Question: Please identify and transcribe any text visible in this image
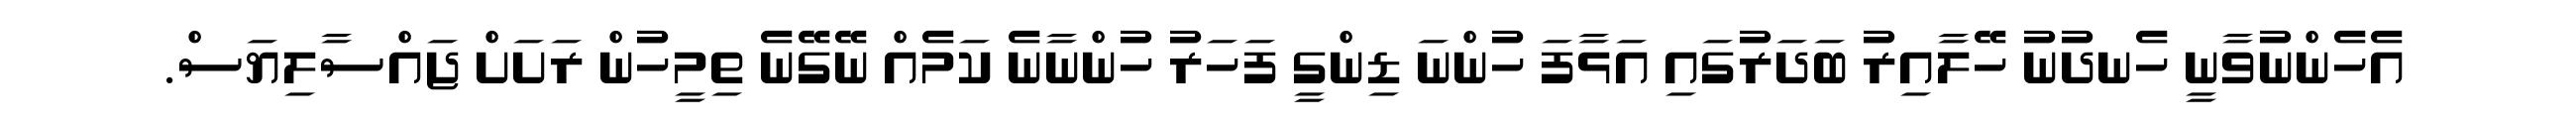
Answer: އެހެންނުވާނީ ހެނދުނު ހޭލާއިރު ބަދަރުގައި އަޅާފަ ހުންނަ ޑިންގީ ފަހަރު ހުންނާނެ ކަމެއް ނޭގޭނެ ތިމީހުން ރަށަށް ޖައްސާލިޔަސް.